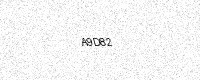
Text: A9D82